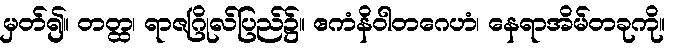
မှတ်၍။ တတ္ထ၊ ရာဇဂြိုလ်ပြည်၌။ ဧကံနိဝါတဂေဟံ၊ နေရာအိမ်တခုကို။